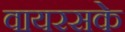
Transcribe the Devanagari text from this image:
वायरसके